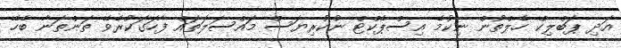
އަދި ޕަބްލިކް ހެލްތުން ނިކުމެ އިސްޕެކްޓް ނުކުރިޔަސް މައްސަލަތައް ފާހަގަކުރެވޭ ތަންތަނާ ބެހޭ